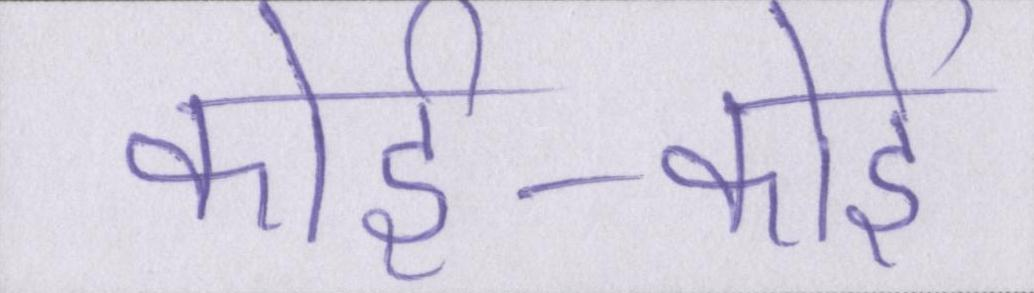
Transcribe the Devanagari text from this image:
कोई-कोई